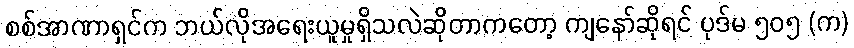
စစ်အာဏာရှင်က ဘယ်လိုအရေးယူမှုရှိသလဲဆိုတာကတော့ ကျနော်ဆိုရင် ပုဒ်မ ၅၀၅ (က)